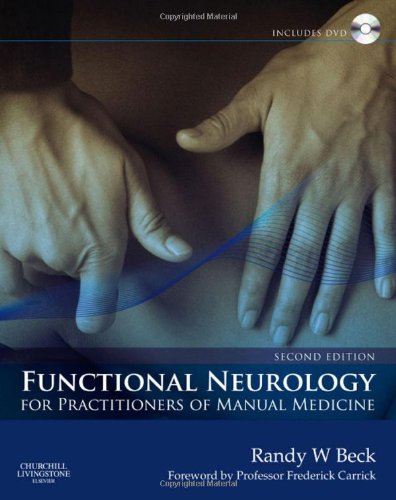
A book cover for Functional Neurology for Practitioners of Manual Medicine, 2e; Randy W. Beck BSc(Hons) DC PhD DACNB FAAFN FACFN; Medical Books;